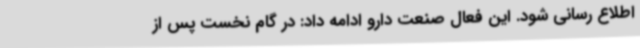
اطلاع رسانی شود. این فعال صنعت دارو ادامه داد: در گام نخست پس از